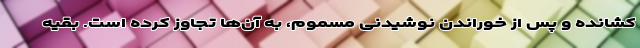
کشانده و پس از خوراندن نوشیدنی مسموم، به آن‌ها تجاوز کرده است. بقیه